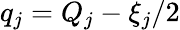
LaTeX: q_{j}=Q_{j}-\xi_{j}/2